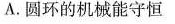
A.圆环的机械能守恒